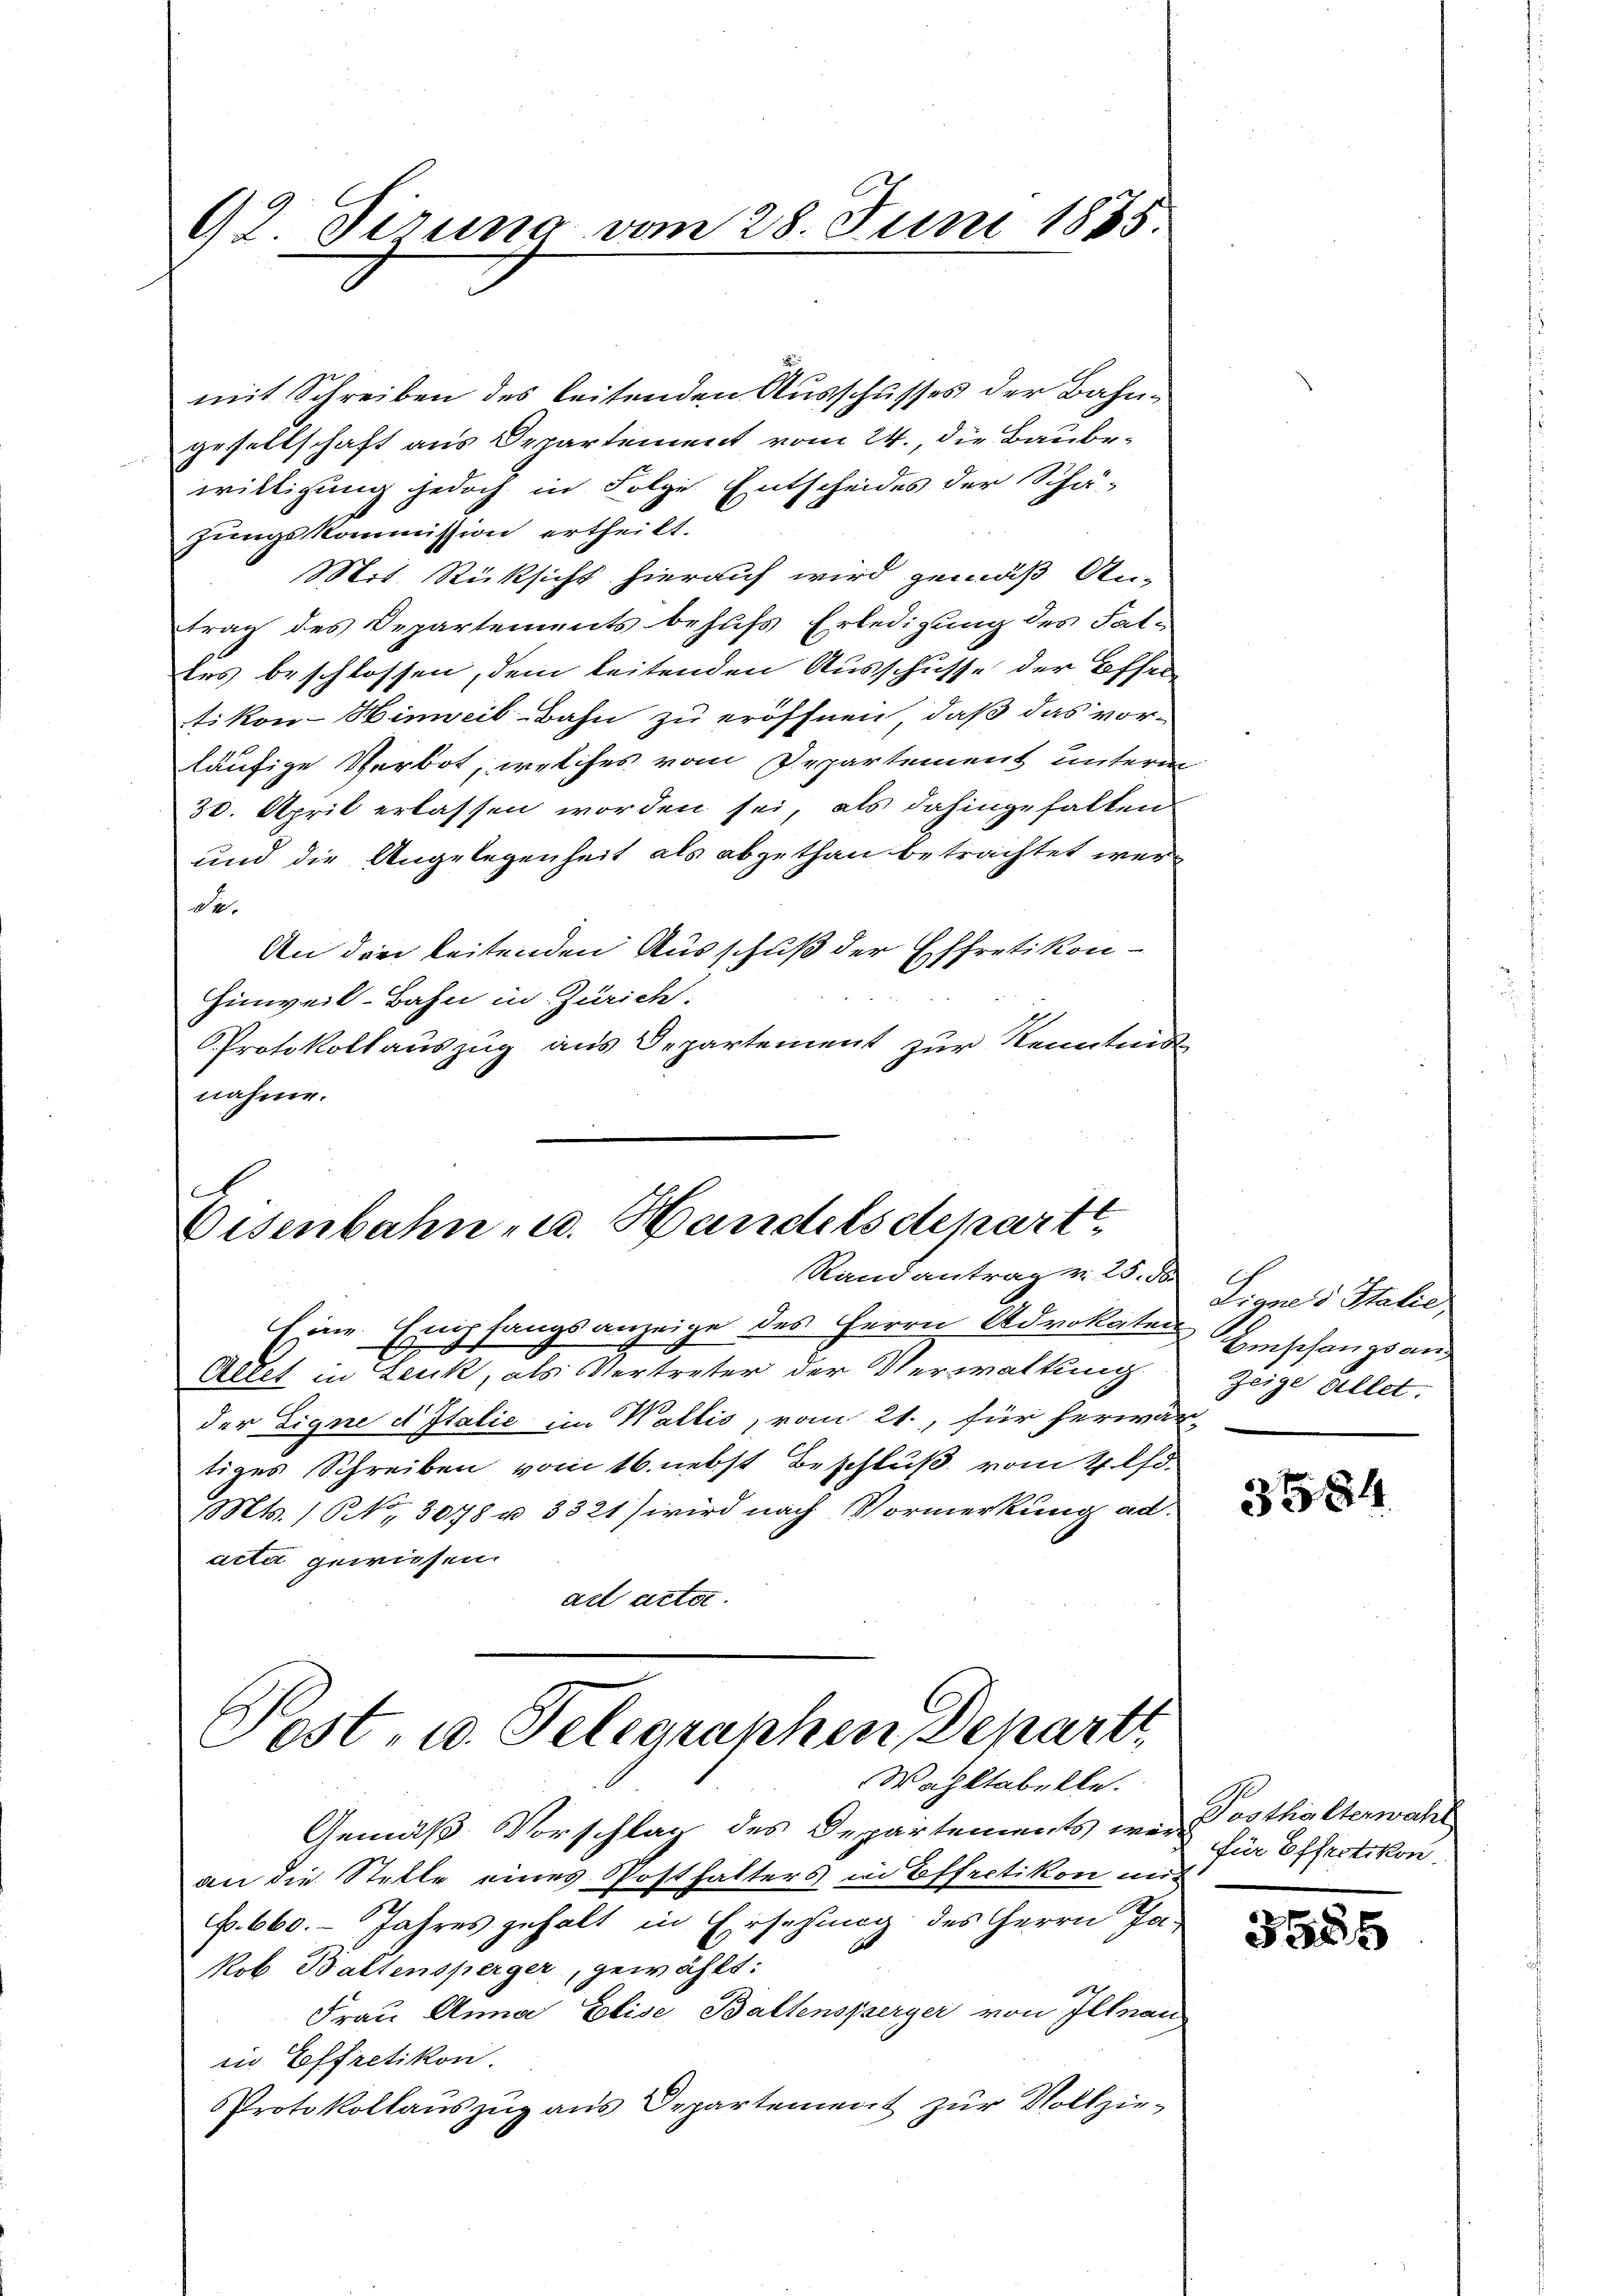
92 Tirung vom 28. Juni 1875.

mit Schreiben des leitenden Ausschusses der Bahngesellschaft aus Departement vom 24., die Baubewilligung jedoch in Folge Entscheides der Schä-
zungskommission ertheilt.
Mos. Rücksicht hierauf wird gemäß An-
trag des Departements behufs Erledigung des Fati
tes beschlossen, dem leitenden Ausschusse der Offentikon-Hinweil Bahn zu eröffnen, daß das vor-
läufige Verbot, welches vom Departement unterm
30. April erlassen worden sei, als dahingehalten
und die Angelegenheit als abgethan betrachtet wer
de.
An die leitenden Ausschuß der Effretikon -
Hinweil-Bahn in Zürich.
PProtokollauszug aus Departement zur Kenntnis
nahme.

.
Eisenbahn u. Handelsdepartt
Randantrag v. 25. d.

Eine Empfangsanzeige des Herrn Advokaten Einschangsan¬
Altet in Leck, als Vertreter der Verwaltung
der Eigne d Italie im Wallis, vom 21., für herwär-
tiges Schreiben vom 16. nebst Beschluß vom 4. lfd.
Mts. / NNo. 3078 u. 3321) wird nach Vormerkung ad.
acta gewiesen.
ad acta.

Post- u. Telegraphen Departi
Wahltabelle.

Gemäß Vorschlag des Departements war Posthalterwahl
an die Stette eines Postfalters in Effretikon mi-
f. 660. Jahres gehalt in Ersehung des Herrn Ja-
Nob Baltensperger, gewählt:
Frau Anna Elise Baltensperger von Illnau
in Effretikon.
Protokollauszug aus Departement zur Vollzie¬

Signes Stalić,
Zeige allet.

3584

für Effretikon.

3585